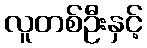
လူတစ်ဦးနှင့်